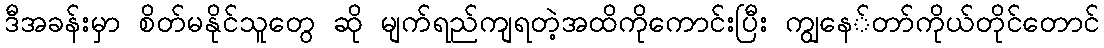
ဒီအခန်းမှာ စိတ်မနိုင်သူတွေ ဆို မျက်ရည်ကျရတဲ့အထိကိုကောင်းပြီး ကျွနေ်တာ်ကိုယ်တိုင်တောင်